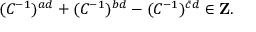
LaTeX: ( C ^ { - 1 } ) ^ { a d } + ( C ^ { - 1 } ) ^ { b d } - ( C ^ { - 1 } ) ^ { \bar { c } d } \in { \bf Z } .